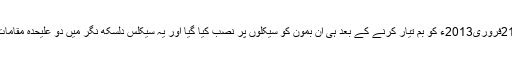
ایجنسی نے کہا کہ21فروری2013ء کو بم تیار کرنے کے بعد ہی ان بمون کو سیکلوں پر نصب کیا گیا اور یہ سیکلس دلسکھ نگر میں دو علیحدہ مقامات پر رکھ دی گئیں ۔